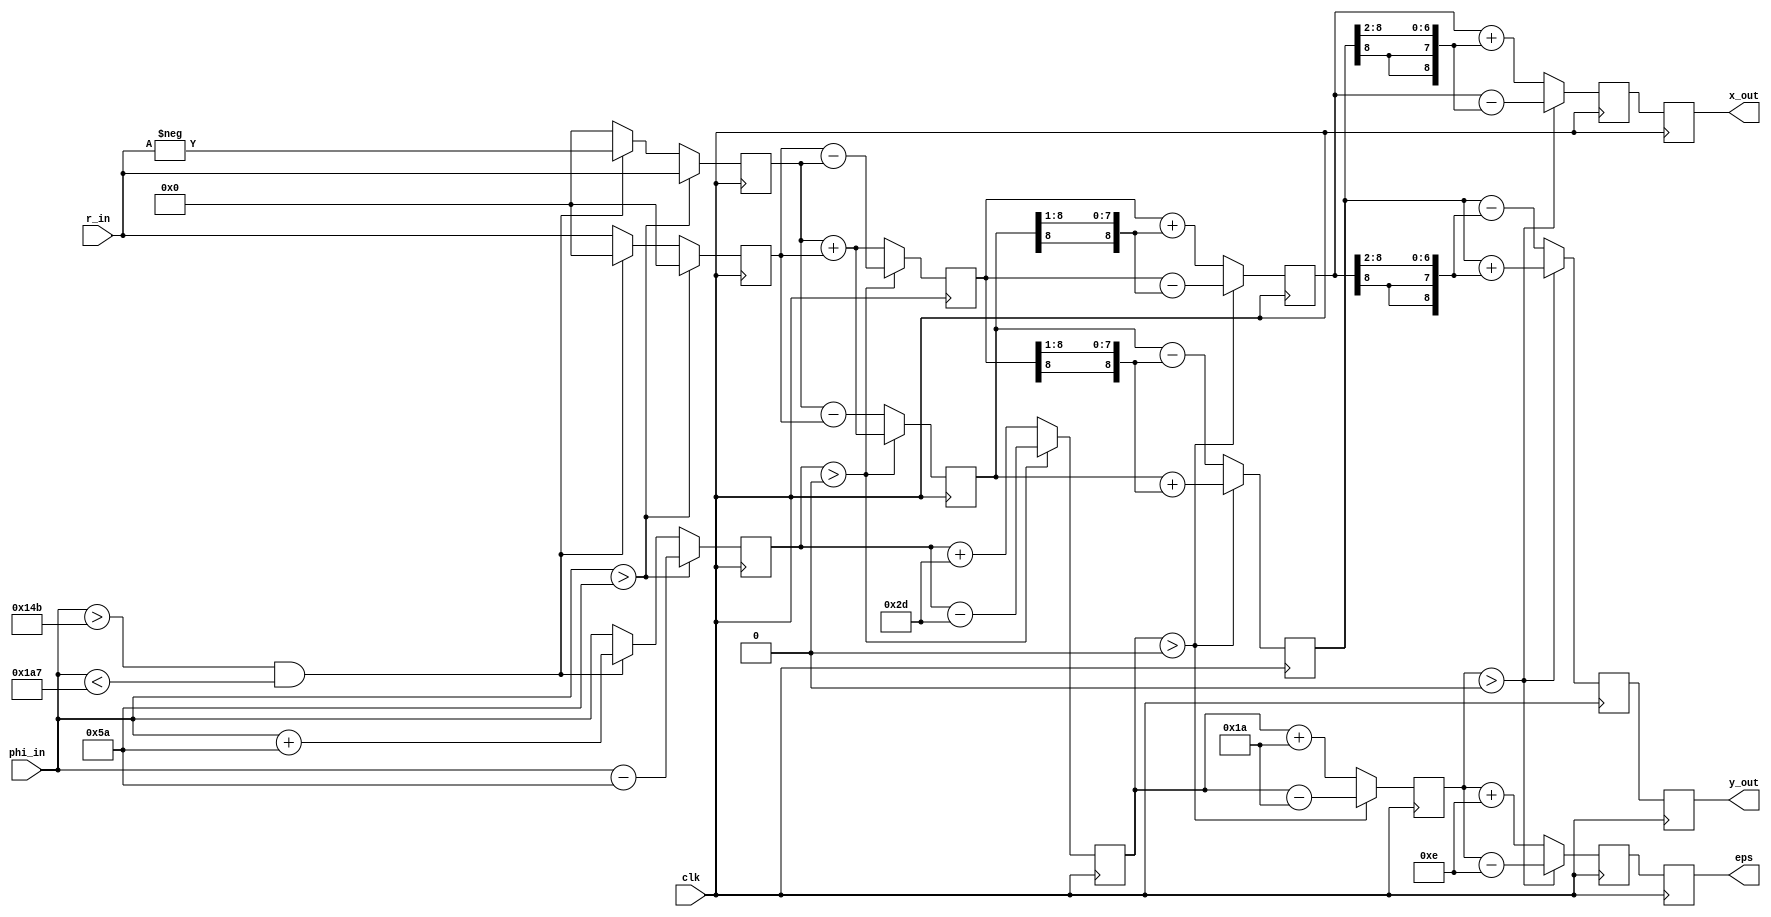
//*********************************************************
// IEEE STD 1364-1995 Verilog file: ammod.v 
// Author-EMAIL: Uwe.Meyer-Baese@ieee.org
//*********************************************************
module ammod (clk, r_in , phi_in, 
                   x_out, y_out, eps); //----> Interface

  parameter W = 8;  // Bit width - 1
  input        clk;
  input  [W:0] r_in, phi_in;
  output [W:0] x_out, y_out, eps;
  reg    [W:0] x_out, y_out, eps;
  reg    [W:0] r, phi;

  reg [W:0] x0, y0, z0; // There is no bit access in 2D 
  reg [W:0] x1, y1, z1; // array types in Verilog, 
  reg [W:0] x2, y2, z2; // therefore use single vectors 
  reg [W:0] x3, y3, z3; 

  always @(posedge clk) begin //----> Infer register
    if (phi_in > 90)           // Test for |phi_in| > 90
      begin                    // Rotate 90 degrees 
      x0 <= 0;                 
      y0 <= r_in;              // Input in register 0
      z0 <= phi_in -'d90;
      end
    else if ((phi_in > 331) && (phi_in < 423))
      begin
      x0 <= 0;
      y0 <= - r_in;
      z0 <= phi_in + 'd90;
      end
    else
      begin
      x0 <= r_in;
      y0 <= 0;
      z0 <= phi_in;
     end

    if (z0 > 0)                  // Rotate 45 degrees
      begin
      x1 <= x0 - y0;
      y1 <= y0 + x0;
      z1 <= z0 - 'd45;
      end
    else
      begin
      x1 <= x0 + y0;
      y1 <= y0 - x0;
      z1 <= z0 + 'd45;
      end

    if (z1 > 0)                 // Rotate 26 degrees
      begin
      x2 <= x1 - {y1[W],y1[W:1]}; // i.e. x1 - y1 /2
      y2 <= y1 + {x1[W],x1[W:1]}; // i.e. y1 + x1 /2
      z2 <= z1 - 'd26;
      end
    else
      begin
      x2 <= x1 + {y1[W],y1[W:1]}; // i.e. x1 + y1 /2
      y2 <= y1 - {x1[W],x1[W:1]}; // i.e. y1 - x1 /2
      z2 <= z1 + 'd26;
      end

    if (z2 > 0)                        // Rotate 14 degrees
      begin
        x3 <= x2 - {y2[W],y2[W],y2[W:2]}; // i.e. x2 - y2/4
        y3 <= y2 + {x2[W],x2[W],x2[W:2]}; // i.e. y2 + x2/4
        z3 <= z2 - 'd14;
      end
    else
      begin
        x3 <= x2 + {y2[W],y2[W],y2[W:2]}; // i.e. x2 + y2/4
        y3 <= y2 - {x2[W],x2[W],x2[W:2]}; // i.e. y2 - x2/4
        z3 <= z2 + 'd14;
      end

    x_out <= x3;
    eps   <= z3;
    y_out <= y3;
  end                

endmodule